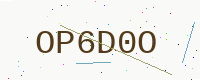
Text: OP6D0O